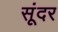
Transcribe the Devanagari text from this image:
सूंदर